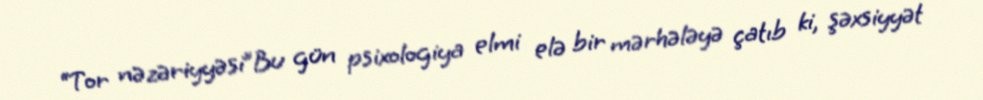
“Tor nəzəriyyəsi”Bu gün psixologiya elmi elə bir mərhələyə çatıb ki, şəxsiyyət